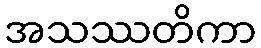
အသဿတိကာ